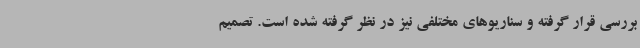
بررسی قرار گرفته و سناریوهای مختلفی نیز در نظر گرفته شده است. تصمیم